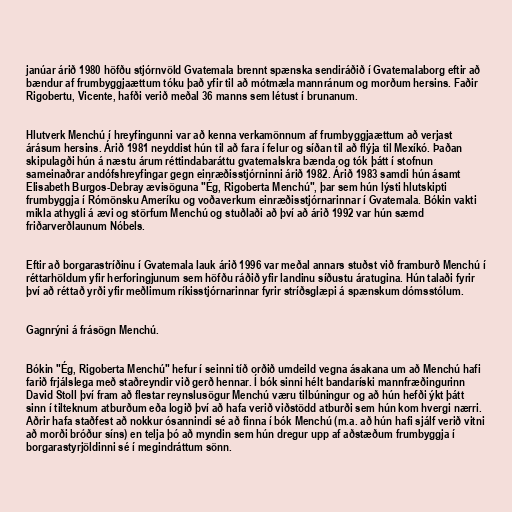
janúar árið 1980 höfðu stjórnvöld Gvatemala brennt spænska sendiráðið í Gvatemalaborg eftir að
bændur af frumbyggjaættum tóku það yfir til að mótmæla mannránum og morðum hersins. Faðir
Rigobertu, Vicente, hafði verið meðal 36 manns sem létust í brunanum.

Hlutverk Menchú í hreyfingunni var að kenna verkamönnum af frumbyggjaættum að verjast
árásum hersins. Árið 1981 neyddist hún til að fara í felur og síðan til að flýja til Mexíkó. Þaðan
skipulagði hún á næstu árum réttindabaráttu gvatemalskra bænda og tók þátt í stofnun
sameinaðrar andófshreyfingar gegn einræðisstjórninni árið 1982. Árið 1983 samdi hún ásamt
Elisabeth Burgos-Debray ævisöguna "Ég, Rigoberta Menchú", þar sem hún lýsti hlutskipti
frumbyggja í Rómönsku Ameríku og voðaverkum einræðisstjórnarinnar í Gvatemala. Bókin vakti
mikla athygli á ævi og störfum Menchú og stuðlaði að því að árið 1992 var hún sæmd
friðarverðlaunum Nóbels.

Eftir að borgarastríðinu í Gvatemala lauk árið 1996 var meðal annars stuðst við framburð Menchú í
réttarhöldum yfir herforingjunum sem höfðu ráðið yfir landinu síðustu áratugina. Hún talaði fyrir
því að réttað yrði yfir meðlimum ríkisstjórnarinnar fyrir stríðsglæpi á spænskum dómsstólum.

Gagnrýni á frásögn Menchú.

Bókin "Ég, Rigoberta Menchú" hefur í seinni tíð orðið umdeild vegna ásakana um að Menchú hafi
farið frjálslega með staðreyndir við gerð hennar. Í bók sinni hélt bandaríski mannfræðingurinn
David Stoll því fram að flestar reynslusögur Menchú væru tilbúningur og að hún hefði ýkt þátt
sinn í tilteknum atburðum eða logið því að hafa verið viðstödd atburði sem hún kom hvergi nærri.
Aðrir hafa staðfest að nokkur ósannindi sé að finna í bók Menchú (m.a. að hún hafi sjálf verið vitni
að morði bróður síns) en telja þó að myndin sem hún dregur upp af aðstæðum frumbyggja í
borgarastyrjöldinni sé í megindráttum sönn.